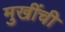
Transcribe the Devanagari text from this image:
मुखींची